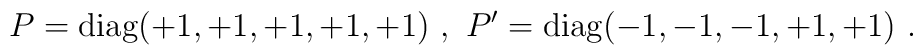
P={\rm diag}(+1, +1, +1, +1, +1)~,~P'={\rm diag}(-1, -1, -1, +1, +1) ~.~\,